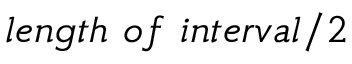
l e n g t h \ o f \ i n t e r v a l / 2